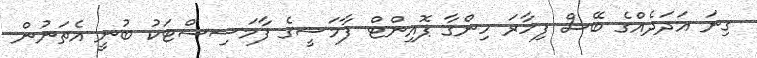
ގިނަ އަދަދެއްގެ ބޭސް ފިހާރަ ހިންގާ ޕޮއިންޓް ފާމަސީގެ ފާމަސިސްޓަކު ބުނީ އެތަނުން